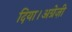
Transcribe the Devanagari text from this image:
दिया।अग्रेज़ी